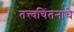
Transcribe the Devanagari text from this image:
तत्त्वचिंतनाचे